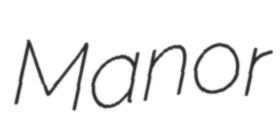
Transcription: Manor